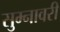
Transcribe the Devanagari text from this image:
सुम्नावरी